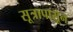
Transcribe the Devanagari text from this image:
सूत्रापासून